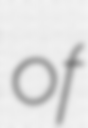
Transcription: of